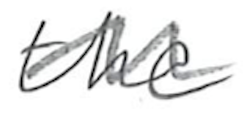
Text: the
Cross-out: wave
Writing tool: pencil